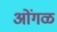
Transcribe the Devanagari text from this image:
ओंगळ